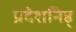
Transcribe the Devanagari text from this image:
प्रदेशनिष्ठ्